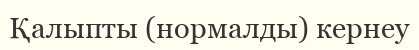
Қалыпты (нормалды) кернеу